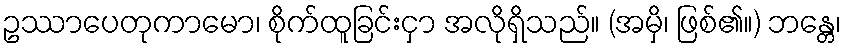
ဥဿာပေတုကာမော၊ စိုက်ထူခြင်းငှာ အလိုရှိသည်။ (အမှိ၊ ဖြစ်၏။) ဘန္တေ၊